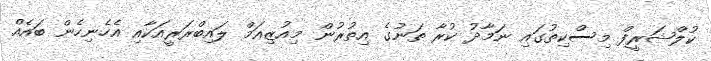
ކުލްޝަރީފް މިސްކިތުގައި ނަމާދު ކުރާ ތަނުގެ އިތުރުން މިއުޒިއަމް ލައިބްރަރީއަކާއި އެހެނިހެން ބައެއް